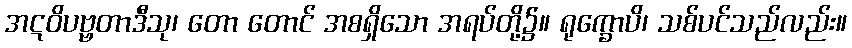
အဋဝိပဗ္ဗတာဒီသု၊ တော တောင် အစရှိသော အရပ်တို့၌။ ရုက္ခောပိ၊ သစ်ပင်သည်လည်း။